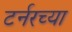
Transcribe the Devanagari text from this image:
टर्नरच्या